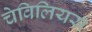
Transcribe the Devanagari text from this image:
चेविलियर्स